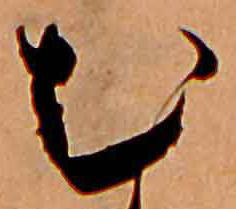
む